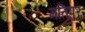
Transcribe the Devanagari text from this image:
मतिपुर